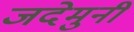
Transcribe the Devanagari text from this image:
जदेमुनी